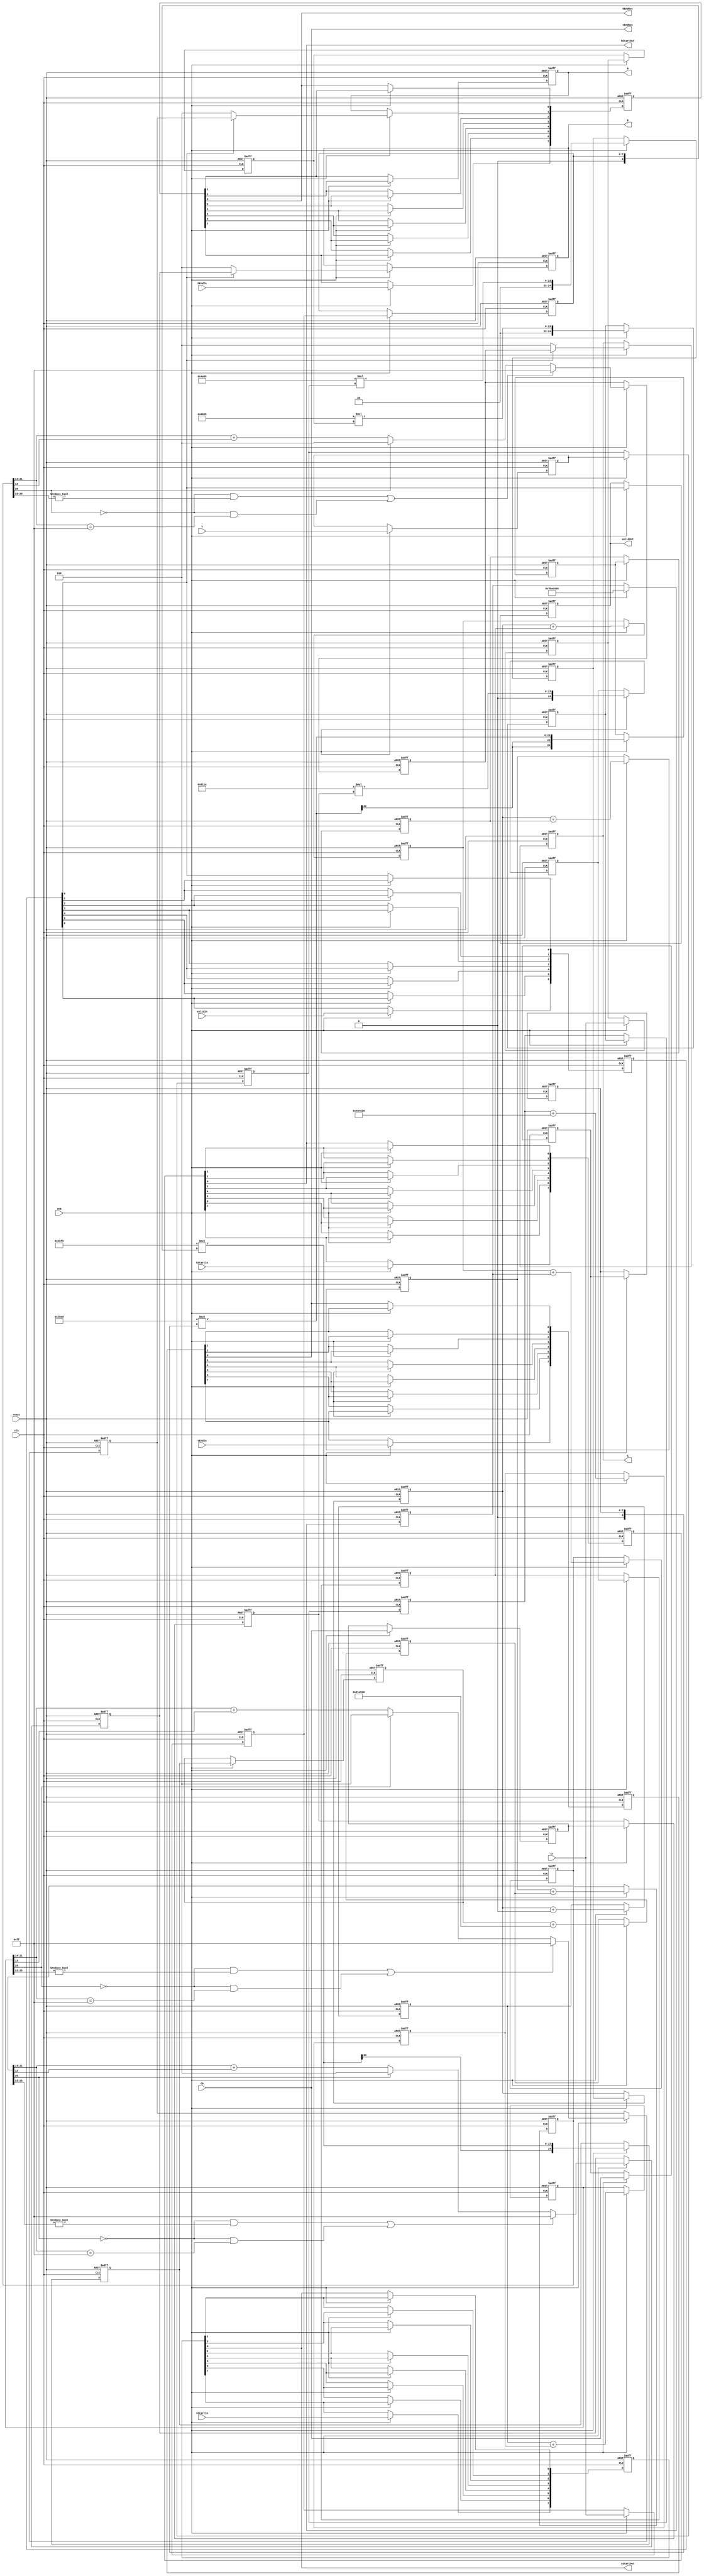
// -------------------------------------------------------------
// 
// 
// Generated by MATLAB 9.6 and HDL Coder 3.14
// 
// -------------------------------------------------------------


// -------------------------------------------------------------
// 
// Module: K_Means_ip_src_YCbCr2RGBCore
// Source Path: Sementation_8K/Segmentation_HW/K-Means/Color Space Converter1/YCbCr2RGBCore
// Hierarchy Level: 4
// 
// YCbCr to RGB Core
// 
// -------------------------------------------------------------

`timescale 1 ns / 1 ns

module K_Means_ip_src_YCbCr2RGBCore
          (clk,
           reset,
           enb,
           Y,
           Cb,
           Cr,
           hStartIn,
           hEndIn,
           vStartIn,
           vEndIn,
           validIn,
           R,
           G,
           B,
           hStartOut,
           hEndOut,
           vStartOut,
           vEndOut,
           validOut);


  input   clk;
  input   reset;
  input   enb;
  input   [7:0] Y;  // uint8
  input   [7:0] Cb;  // uint8
  input   [7:0] Cr;  // uint8
  input   hStartIn;
  input   hEndIn;
  input   vStartIn;
  input   vEndIn;
  input   validIn;
  output  [7:0] R;  // uint8
  output  [7:0] G;  // uint8
  output  [7:0] B;  // uint8
  output  hStartOut;
  output  hEndOut;
  output  vStartOut;
  output  vEndOut;
  output  validOut;


  reg  [0:6] intdelay_reg;  // ufix1 [7]
  wire [0:6] intdelay_reg_next;  // ufix1 [7]
  wire Mux_Sel;
  wire [7:0] const_zero;  // uint8
  reg [7:0] multiInDelay11_reg [0:1];  // ufix8 [2]
  wire [7:0] multiInDelay11_reg_next [0:1];  // ufix8 [2]
  wire [7:0] multiInReg11;  // uint8
  wire signed [8:0] gain_cast;  // sfix9
  wire signed [25:0] gain_mul_temp;  // sfix26_En14
  wire signed [24:0] multiOut11;  // sfix25_En14
  reg signed [24:0] multiOutDelay11_reg [0:1];  // sfix25 [2]
  wire signed [24:0] multiOutDelay11_reg_next [0:1];  // sfix25_En14 [2]
  wire signed [24:0] multiOutReg11;  // sfix25_En14
  wire signed [24:0] castout12;  // sfix25_En14
  wire signed [25:0] adder_add_cast;  // sfix26_En14
  wire signed [25:0] adder_add_cast_1;  // sfix26_En14
  wire signed [25:0] S1_up1;  // sfix26_En14
  reg signed [25:0] S1_up_delay1;  // sfix26_En14
  reg [7:0] multiInDelay13_reg [0:1];  // ufix8 [2]
  wire [7:0] multiInDelay13_reg_next [0:1];  // ufix8 [2]
  wire [7:0] multiInReg13;  // uint8
  wire signed [8:0] gain_cast_1;  // sfix9
  wire signed [25:0] gain_mul_temp_1;  // sfix26_En14
  wire signed [24:0] multiOut13;  // sfix25_En14
  reg signed [24:0] multiOutDelay13_reg [0:1];  // sfix25 [2]
  wire signed [24:0] multiOutDelay13_reg_next [0:1];  // sfix25_En14 [2]
  wire signed [24:0] multiOutReg13;  // sfix25_En14
  wire signed [24:0] offset1;  // sfix25_En14
  wire signed [25:0] adder_add_cast_2;  // sfix26_En14
  wire signed [25:0] adder_add_cast_3;  // sfix26_En14
  wire signed [25:0] S1_down1;  // sfix26_En14
  reg signed [25:0] S1_down_delay1;  // sfix26_En14
  wire signed [26:0] adder_add_cast_4;  // sfix27_En14
  wire signed [26:0] adder_add_cast_5;  // sfix27_En14
  wire signed [26:0] S21;  // sfix27_En14
  reg signed [26:0] S2_delay1;  // sfix27_En14
  wire [7:0] castout1;  // uint8
  reg [7:0] cast_delay1;  // uint8
  wire [7:0] SwitchOut1;  // uint8
  reg [7:0] R_1;  // uint8
  reg [7:0] multiInDelay22_reg [0:1];  // ufix8 [2]
  wire [7:0] multiInDelay22_reg_next [0:1];  // ufix8 [2]
  wire [7:0] multiInReg22;  // uint8
  wire signed [8:0] gain_cast_2;  // sfix9
  wire signed [25:0] gain_mul_temp_2;  // sfix26_En14
  wire signed [24:0] multiOut22;  // sfix25_En14
  reg signed [24:0] multiOutDelay22_reg [0:1];  // sfix25 [2]
  wire signed [24:0] multiOutDelay22_reg_next [0:1];  // sfix25_En14 [2]
  wire signed [24:0] multiOutReg22;  // sfix25_En14
  wire signed [25:0] adder_add_cast_6;  // sfix26_En14
  wire signed [25:0] adder_add_cast_7;  // sfix26_En14
  wire signed [25:0] S1_up2;  // sfix26_En14
  reg signed [25:0] S1_up_delay2;  // sfix26_En14
  reg [7:0] multiInDelay23_reg [0:1];  // ufix8 [2]
  wire [7:0] multiInDelay23_reg_next [0:1];  // ufix8 [2]
  wire [7:0] multiInReg23;  // uint8
  wire signed [8:0] gain_cast_3;  // sfix9
  wire signed [25:0] gain_mul_temp_3;  // sfix26_En14
  wire signed [24:0] multiOut23;  // sfix25_En14
  reg signed [24:0] multiOutDelay23_reg [0:1];  // sfix25 [2]
  wire signed [24:0] multiOutDelay23_reg_next [0:1];  // sfix25_En14 [2]
  wire signed [24:0] multiOutReg23;  // sfix25_En14
  wire signed [24:0] offset2;  // sfix25_En14
  wire signed [25:0] adder_add_cast_8;  // sfix26_En14
  wire signed [25:0] adder_add_cast_9;  // sfix26_En14
  wire signed [25:0] S1_down2;  // sfix26_En14
  reg signed [25:0] S1_down_delay2;  // sfix26_En14
  wire signed [26:0] adder_add_cast_10;  // sfix27_En14
  wire signed [26:0] adder_add_cast_11;  // sfix27_En14
  wire signed [26:0] S22;  // sfix27_En14
  reg signed [26:0] S2_delay2;  // sfix27_En14
  wire [7:0] castout2;  // uint8
  reg [7:0] cast_delay2;  // uint8
  wire [7:0] SwitchOut2;  // uint8
  reg [7:0] G_1;  // uint8
  reg [7:0] multiInDelay32_reg [0:1];  // ufix8 [2]
  wire [7:0] multiInDelay32_reg_next [0:1];  // ufix8 [2]
  wire [7:0] multiInReg32;  // uint8
  wire signed [8:0] gain_cast_4;  // sfix9
  wire signed [25:0] gain_mul_temp_4;  // sfix26_En14
  wire signed [24:0] multiOut32;  // sfix25_En14
  reg signed [24:0] multiOutDelay32_reg [0:1];  // sfix25 [2]
  wire signed [24:0] multiOutDelay32_reg_next [0:1];  // sfix25_En14 [2]
  wire signed [24:0] multiOutReg32;  // sfix25_En14
  wire signed [25:0] adder_add_cast_12;  // sfix26_En14
  wire signed [25:0] adder_add_cast_13;  // sfix26_En14
  wire signed [25:0] S1_up3;  // sfix26_En14
  reg signed [25:0] S1_up_delay3;  // sfix26_En14
  wire signed [25:0] S1_down3;  // sfix26_En14
  reg signed [25:0] S1_down_delay3;  // sfix26_En14
  wire signed [26:0] adder_add_cast_14;  // sfix27_En14
  wire signed [26:0] adder_add_cast_15;  // sfix27_En14
  wire signed [26:0] S23;  // sfix27_En14
  reg signed [26:0] S2_delay3;  // sfix27_En14
  wire [7:0] castout3;  // uint8
  reg [7:0] cast_delay3;  // uint8
  wire [7:0] SwitchOut3;  // uint8
  reg [7:0] B_1;  // uint8
  reg  [0:7] hStart_reg;  // ufix1 [8]
  wire [0:7] hStart_reg_next;  // ufix1 [8]
  reg  [0:7] hEnd_reg;  // ufix1 [8]
  wire [0:7] hEnd_reg_next;  // ufix1 [8]
  reg  [0:7] vStart_reg;  // ufix1 [8]
  wire [0:7] vStart_reg_next;  // ufix1 [8]
  reg  [0:7] vEnd_reg;  // ufix1 [8]
  wire [0:7] vEnd_reg_next;  // ufix1 [8]
  reg  validOut_1;


  always @(posedge clk or posedge reset)
    begin : intdelay_process
      if (reset == 1'b1) begin
        intdelay_reg[0] <= 1'b0;
        intdelay_reg[1] <= 1'b0;
        intdelay_reg[2] <= 1'b0;
        intdelay_reg[3] <= 1'b0;
        intdelay_reg[4] <= 1'b0;
        intdelay_reg[5] <= 1'b0;
        intdelay_reg[6] <= 1'b0;
      end
      else begin
        if (enb) begin
          intdelay_reg[0] <= intdelay_reg_next[0];
          intdelay_reg[1] <= intdelay_reg_next[1];
          intdelay_reg[2] <= intdelay_reg_next[2];
          intdelay_reg[3] <= intdelay_reg_next[3];
          intdelay_reg[4] <= intdelay_reg_next[4];
          intdelay_reg[5] <= intdelay_reg_next[5];
          intdelay_reg[6] <= intdelay_reg_next[6];
        end
      end
    end

  assign Mux_Sel = intdelay_reg[6];
  assign intdelay_reg_next[0] = validIn;
  assign intdelay_reg_next[1] = intdelay_reg[0];
  assign intdelay_reg_next[2] = intdelay_reg[1];
  assign intdelay_reg_next[3] = intdelay_reg[2];
  assign intdelay_reg_next[4] = intdelay_reg[3];
  assign intdelay_reg_next[5] = intdelay_reg[4];
  assign intdelay_reg_next[6] = intdelay_reg[5];



  assign const_zero = 8'b00000000;



  always @(posedge clk or posedge reset)
    begin : multiInDelay11_process
      if (reset == 1'b1) begin
        multiInDelay11_reg[0] <= 8'b00000000;
        multiInDelay11_reg[1] <= 8'b00000000;
      end
      else begin
        if (enb) begin
          multiInDelay11_reg[0] <= multiInDelay11_reg_next[0];
          multiInDelay11_reg[1] <= multiInDelay11_reg_next[1];
        end
      end
    end

  assign multiInReg11 = multiInDelay11_reg[1];
  assign multiInDelay11_reg_next[0] = Y;
  assign multiInDelay11_reg_next[1] = multiInDelay11_reg[0];



  assign gain_cast = {1'b0, multiInReg11};
  assign gain_mul_temp = 17'sb00100101010000101 * gain_cast;
  assign multiOut11 = gain_mul_temp[24:0];



  always @(posedge clk or posedge reset)
    begin : multiOutDelay11_process
      if (reset == 1'b1) begin
        multiOutDelay11_reg[0] <= 25'sb0000000000000000000000000;
        multiOutDelay11_reg[1] <= 25'sb0000000000000000000000000;
      end
      else begin
        if (enb) begin
          multiOutDelay11_reg[0] <= multiOutDelay11_reg_next[0];
          multiOutDelay11_reg[1] <= multiOutDelay11_reg_next[1];
        end
      end
    end

  assign multiOutReg11 = multiOutDelay11_reg[1];
  assign multiOutDelay11_reg_next[0] = multiOut11;
  assign multiOutDelay11_reg_next[1] = multiOutDelay11_reg[0];



  assign castout12 = 25'sb0000000000000000000000000;



  assign adder_add_cast = {multiOutReg11[24], multiOutReg11};
  assign adder_add_cast_1 = {castout12[24], castout12};
  assign S1_up1 = adder_add_cast + adder_add_cast_1;



  always @(posedge clk or posedge reset)
    begin : intdelay_1_process
      if (reset == 1'b1) begin
        S1_up_delay1 <= 26'sb00000000000000000000000000;
      end
      else begin
        if (enb) begin
          S1_up_delay1 <= S1_up1;
        end
      end
    end



  always @(posedge clk or posedge reset)
    begin : multiInDelay13_process
      if (reset == 1'b1) begin
        multiInDelay13_reg[0] <= 8'b00000000;
        multiInDelay13_reg[1] <= 8'b00000000;
      end
      else begin
        if (enb) begin
          multiInDelay13_reg[0] <= multiInDelay13_reg_next[0];
          multiInDelay13_reg[1] <= multiInDelay13_reg_next[1];
        end
      end
    end

  assign multiInReg13 = multiInDelay13_reg[1];
  assign multiInDelay13_reg_next[0] = Cr;
  assign multiInDelay13_reg_next[1] = multiInDelay13_reg[0];



  assign gain_cast_1 = {1'b0, multiInReg13};
  assign gain_mul_temp_1 = 17'sb00110011000100101 * gain_cast_1;
  assign multiOut13 = gain_mul_temp_1[24:0];



  always @(posedge clk or posedge reset)
    begin : multiOutDelay13_process
      if (reset == 1'b1) begin
        multiOutDelay13_reg[0] <= 25'sb0000000000000000000000000;
        multiOutDelay13_reg[1] <= 25'sb0000000000000000000000000;
      end
      else begin
        if (enb) begin
          multiOutDelay13_reg[0] <= multiOutDelay13_reg_next[0];
          multiOutDelay13_reg[1] <= multiOutDelay13_reg_next[1];
        end
      end
    end

  assign multiOutReg13 = multiOutDelay13_reg[1];
  assign multiOutDelay13_reg_next[0] = multiOut13;
  assign multiOutDelay13_reg_next[1] = multiOutDelay13_reg[0];



  assign offset1 = 25'sb1110010000100010100110000;



  assign adder_add_cast_2 = {multiOutReg13[24], multiOutReg13};
  assign adder_add_cast_3 = {offset1[24], offset1};
  assign S1_down1 = adder_add_cast_2 + adder_add_cast_3;



  always @(posedge clk or posedge reset)
    begin : intdelay_2_process
      if (reset == 1'b1) begin
        S1_down_delay1 <= 26'sb00000000000000000000000000;
      end
      else begin
        if (enb) begin
          S1_down_delay1 <= S1_down1;
        end
      end
    end



  assign adder_add_cast_4 = {S1_up_delay1[25], S1_up_delay1};
  assign adder_add_cast_5 = {S1_down_delay1[25], S1_down_delay1};
  assign S21 = adder_add_cast_4 + adder_add_cast_5;



  always @(posedge clk or posedge reset)
    begin : intdelay_3_process
      if (reset == 1'b1) begin
        S2_delay1 <= 27'sb000000000000000000000000000;
      end
      else begin
        if (enb) begin
          S2_delay1 <= S21;
        end
      end
    end



  // convert to dataOut data type
  assign castout1 = (((S2_delay1[26] == 1'b0) && (S2_delay1[25:22] != 4'b0000)) || ((S2_delay1[26] == 1'b0) && (S2_delay1[21:14] == 8'b11111111)) ? 8'b11111111 :
              (S2_delay1[26] == 1'b1 ? 8'b00000000 :
              S2_delay1[21:14] + S2_delay1[13]));



  always @(posedge clk or posedge reset)
    begin : intdelay_4_process
      if (reset == 1'b1) begin
        cast_delay1 <= 8'b00000000;
      end
      else begin
        if (enb) begin
          cast_delay1 <= castout1;
        end
      end
    end



  assign SwitchOut1 = (Mux_Sel == 1'b0 ? const_zero :
              cast_delay1);



  always @(posedge clk or posedge reset)
    begin : intdelay_5_process
      if (reset == 1'b1) begin
        R_1 <= 8'b00000000;
      end
      else begin
        if (enb) begin
          R_1 <= SwitchOut1;
        end
      end
    end



  always @(posedge clk or posedge reset)
    begin : multiInDelay22_process
      if (reset == 1'b1) begin
        multiInDelay22_reg[0] <= 8'b00000000;
        multiInDelay22_reg[1] <= 8'b00000000;
      end
      else begin
        if (enb) begin
          multiInDelay22_reg[0] <= multiInDelay22_reg_next[0];
          multiInDelay22_reg[1] <= multiInDelay22_reg_next[1];
        end
      end
    end

  assign multiInReg22 = multiInDelay22_reg[1];
  assign multiInDelay22_reg_next[0] = Cb;
  assign multiInDelay22_reg_next[1] = multiInDelay22_reg[0];



  assign gain_cast_2 = {1'b0, multiInReg22};
  assign gain_mul_temp_2 = 17'sb11110011011101101 * gain_cast_2;
  assign multiOut22 = gain_mul_temp_2[24:0];



  always @(posedge clk or posedge reset)
    begin : multiOutDelay22_process
      if (reset == 1'b1) begin
        multiOutDelay22_reg[0] <= 25'sb0000000000000000000000000;
        multiOutDelay22_reg[1] <= 25'sb0000000000000000000000000;
      end
      else begin
        if (enb) begin
          multiOutDelay22_reg[0] <= multiOutDelay22_reg_next[0];
          multiOutDelay22_reg[1] <= multiOutDelay22_reg_next[1];
        end
      end
    end

  assign multiOutReg22 = multiOutDelay22_reg[1];
  assign multiOutDelay22_reg_next[0] = multiOut22;
  assign multiOutDelay22_reg_next[1] = multiOutDelay22_reg[0];



  assign adder_add_cast_6 = {multiOutReg11[24], multiOutReg11};
  assign adder_add_cast_7 = {multiOutReg22[24], multiOutReg22};
  assign S1_up2 = adder_add_cast_6 + adder_add_cast_7;



  always @(posedge clk or posedge reset)
    begin : intdelay_6_process
      if (reset == 1'b1) begin
        S1_up_delay2 <= 26'sb00000000000000000000000000;
      end
      else begin
        if (enb) begin
          S1_up_delay2 <= S1_up2;
        end
      end
    end



  always @(posedge clk or posedge reset)
    begin : multiInDelay23_process
      if (reset == 1'b1) begin
        multiInDelay23_reg[0] <= 8'b00000000;
        multiInDelay23_reg[1] <= 8'b00000000;
      end
      else begin
        if (enb) begin
          multiInDelay23_reg[0] <= multiInDelay23_reg_next[0];
          multiInDelay23_reg[1] <= multiInDelay23_reg_next[1];
        end
      end
    end

  assign multiInReg23 = multiInDelay23_reg[1];
  assign multiInDelay23_reg_next[0] = Cr;
  assign multiInDelay23_reg_next[1] = multiInDelay23_reg[0];



  assign gain_cast_3 = {1'b0, multiInReg23};
  assign gain_mul_temp_3 = 17'sb11100101111111000 * gain_cast_3;
  assign multiOut23 = gain_mul_temp_3[24:0];



  always @(posedge clk or posedge reset)
    begin : multiOutDelay23_process
      if (reset == 1'b1) begin
        multiOutDelay23_reg[0] <= 25'sb0000000000000000000000000;
        multiOutDelay23_reg[1] <= 25'sb0000000000000000000000000;
      end
      else begin
        if (enb) begin
          multiOutDelay23_reg[0] <= multiOutDelay23_reg_next[0];
          multiOutDelay23_reg[1] <= multiOutDelay23_reg_next[1];
        end
      end
    end

  assign multiOutReg23 = multiOutDelay23_reg[1];
  assign multiOutDelay23_reg_next[0] = multiOut23;
  assign multiOutDelay23_reg_next[1] = multiOutDelay23_reg[0];



  assign offset2 = 25'sb0001000011110010100110000;



  assign adder_add_cast_8 = {multiOutReg23[24], multiOutReg23};
  assign adder_add_cast_9 = {offset2[24], offset2};
  assign S1_down2 = adder_add_cast_8 + adder_add_cast_9;



  always @(posedge clk or posedge reset)
    begin : intdelay_7_process
      if (reset == 1'b1) begin
        S1_down_delay2 <= 26'sb00000000000000000000000000;
      end
      else begin
        if (enb) begin
          S1_down_delay2 <= S1_down2;
        end
      end
    end



  assign adder_add_cast_10 = {S1_up_delay2[25], S1_up_delay2};
  assign adder_add_cast_11 = {S1_down_delay2[25], S1_down_delay2};
  assign S22 = adder_add_cast_10 + adder_add_cast_11;



  always @(posedge clk or posedge reset)
    begin : intdelay_8_process
      if (reset == 1'b1) begin
        S2_delay2 <= 27'sb000000000000000000000000000;
      end
      else begin
        if (enb) begin
          S2_delay2 <= S22;
        end
      end
    end



  // convert to dataOut data type
  assign castout2 = (((S2_delay2[26] == 1'b0) && (S2_delay2[25:22] != 4'b0000)) || ((S2_delay2[26] == 1'b0) && (S2_delay2[21:14] == 8'b11111111)) ? 8'b11111111 :
              (S2_delay2[26] == 1'b1 ? 8'b00000000 :
              S2_delay2[21:14] + S2_delay2[13]));



  always @(posedge clk or posedge reset)
    begin : intdelay_9_process
      if (reset == 1'b1) begin
        cast_delay2 <= 8'b00000000;
      end
      else begin
        if (enb) begin
          cast_delay2 <= castout2;
        end
      end
    end



  assign SwitchOut2 = (Mux_Sel == 1'b0 ? const_zero :
              cast_delay2);



  always @(posedge clk or posedge reset)
    begin : intdelay_10_process
      if (reset == 1'b1) begin
        G_1 <= 8'b00000000;
      end
      else begin
        if (enb) begin
          G_1 <= SwitchOut2;
        end
      end
    end



  always @(posedge clk or posedge reset)
    begin : multiInDelay32_process
      if (reset == 1'b1) begin
        multiInDelay32_reg[0] <= 8'b00000000;
        multiInDelay32_reg[1] <= 8'b00000000;
      end
      else begin
        if (enb) begin
          multiInDelay32_reg[0] <= multiInDelay32_reg_next[0];
          multiInDelay32_reg[1] <= multiInDelay32_reg_next[1];
        end
      end
    end

  assign multiInReg32 = multiInDelay32_reg[1];
  assign multiInDelay32_reg_next[0] = Cb;
  assign multiInDelay32_reg_next[1] = multiInDelay32_reg[0];



  assign gain_cast_4 = {1'b0, multiInReg32};
  assign gain_mul_temp_4 = 17'sb01000000100011010 * gain_cast_4;
  assign multiOut32 = gain_mul_temp_4[24:0];



  always @(posedge clk or posedge reset)
    begin : multiOutDelay32_process
      if (reset == 1'b1) begin
        multiOutDelay32_reg[0] <= 25'sb0000000000000000000000000;
        multiOutDelay32_reg[1] <= 25'sb0000000000000000000000000;
      end
      else begin
        if (enb) begin
          multiOutDelay32_reg[0] <= multiOutDelay32_reg_next[0];
          multiOutDelay32_reg[1] <= multiOutDelay32_reg_next[1];
        end
      end
    end

  assign multiOutReg32 = multiOutDelay32_reg[1];
  assign multiOutDelay32_reg_next[0] = multiOut32;
  assign multiOutDelay32_reg_next[1] = multiOutDelay32_reg[0];



  assign adder_add_cast_12 = {multiOutReg11[24], multiOutReg11};
  assign adder_add_cast_13 = {multiOutReg32[24], multiOutReg32};
  assign S1_up3 = adder_add_cast_12 + adder_add_cast_13;



  always @(posedge clk or posedge reset)
    begin : intdelay_11_process
      if (reset == 1'b1) begin
        S1_up_delay3 <= 26'sb00000000000000000000000000;
      end
      else begin
        if (enb) begin
          S1_up_delay3 <= S1_up3;
        end
      end
    end



  assign S1_down3 = 26'sb11101110101100101010110000;



  always @(posedge clk or posedge reset)
    begin : intdelay_12_process
      if (reset == 1'b1) begin
        S1_down_delay3 <= 26'sb00000000000000000000000000;
      end
      else begin
        if (enb) begin
          S1_down_delay3 <= S1_down3;
        end
      end
    end



  assign adder_add_cast_14 = {S1_up_delay3[25], S1_up_delay3};
  assign adder_add_cast_15 = {S1_down_delay3[25], S1_down_delay3};
  assign S23 = adder_add_cast_14 + adder_add_cast_15;



  always @(posedge clk or posedge reset)
    begin : intdelay_13_process
      if (reset == 1'b1) begin
        S2_delay3 <= 27'sb000000000000000000000000000;
      end
      else begin
        if (enb) begin
          S2_delay3 <= S23;
        end
      end
    end



  // convert to dataOut data type
  assign castout3 = (((S2_delay3[26] == 1'b0) && (S2_delay3[25:22] != 4'b0000)) || ((S2_delay3[26] == 1'b0) && (S2_delay3[21:14] == 8'b11111111)) ? 8'b11111111 :
              (S2_delay3[26] == 1'b1 ? 8'b00000000 :
              S2_delay3[21:14] + S2_delay3[13]));



  always @(posedge clk or posedge reset)
    begin : intdelay_14_process
      if (reset == 1'b1) begin
        cast_delay3 <= 8'b00000000;
      end
      else begin
        if (enb) begin
          cast_delay3 <= castout3;
        end
      end
    end



  assign SwitchOut3 = (Mux_Sel == 1'b0 ? const_zero :
              cast_delay3);



  always @(posedge clk or posedge reset)
    begin : intdelay_15_process
      if (reset == 1'b1) begin
        B_1 <= 8'b00000000;
      end
      else begin
        if (enb) begin
          B_1 <= SwitchOut3;
        end
      end
    end



  // delay hStart
  always @(posedge clk or posedge reset)
    begin : hStart_process
      if (reset == 1'b1) begin
        hStart_reg[0] <= 1'b0;
        hStart_reg[1] <= 1'b0;
        hStart_reg[2] <= 1'b0;
        hStart_reg[3] <= 1'b0;
        hStart_reg[4] <= 1'b0;
        hStart_reg[5] <= 1'b0;
        hStart_reg[6] <= 1'b0;
        hStart_reg[7] <= 1'b0;
      end
      else begin
        if (enb) begin
          hStart_reg[0] <= hStart_reg_next[0];
          hStart_reg[1] <= hStart_reg_next[1];
          hStart_reg[2] <= hStart_reg_next[2];
          hStart_reg[3] <= hStart_reg_next[3];
          hStart_reg[4] <= hStart_reg_next[4];
          hStart_reg[5] <= hStart_reg_next[5];
          hStart_reg[6] <= hStart_reg_next[6];
          hStart_reg[7] <= hStart_reg_next[7];
        end
      end
    end

  assign hStartOut = hStart_reg[7];
  assign hStart_reg_next[0] = hStartIn;
  assign hStart_reg_next[1] = hStart_reg[0];
  assign hStart_reg_next[2] = hStart_reg[1];
  assign hStart_reg_next[3] = hStart_reg[2];
  assign hStart_reg_next[4] = hStart_reg[3];
  assign hStart_reg_next[5] = hStart_reg[4];
  assign hStart_reg_next[6] = hStart_reg[5];
  assign hStart_reg_next[7] = hStart_reg[6];



  // delay hEnd
  always @(posedge clk or posedge reset)
    begin : hEnd_process
      if (reset == 1'b1) begin
        hEnd_reg[0] <= 1'b0;
        hEnd_reg[1] <= 1'b0;
        hEnd_reg[2] <= 1'b0;
        hEnd_reg[3] <= 1'b0;
        hEnd_reg[4] <= 1'b0;
        hEnd_reg[5] <= 1'b0;
        hEnd_reg[6] <= 1'b0;
        hEnd_reg[7] <= 1'b0;
      end
      else begin
        if (enb) begin
          hEnd_reg[0] <= hEnd_reg_next[0];
          hEnd_reg[1] <= hEnd_reg_next[1];
          hEnd_reg[2] <= hEnd_reg_next[2];
          hEnd_reg[3] <= hEnd_reg_next[3];
          hEnd_reg[4] <= hEnd_reg_next[4];
          hEnd_reg[5] <= hEnd_reg_next[5];
          hEnd_reg[6] <= hEnd_reg_next[6];
          hEnd_reg[7] <= hEnd_reg_next[7];
        end
      end
    end

  assign hEndOut = hEnd_reg[7];
  assign hEnd_reg_next[0] = hEndIn;
  assign hEnd_reg_next[1] = hEnd_reg[0];
  assign hEnd_reg_next[2] = hEnd_reg[1];
  assign hEnd_reg_next[3] = hEnd_reg[2];
  assign hEnd_reg_next[4] = hEnd_reg[3];
  assign hEnd_reg_next[5] = hEnd_reg[4];
  assign hEnd_reg_next[6] = hEnd_reg[5];
  assign hEnd_reg_next[7] = hEnd_reg[6];



  // delay vStart
  always @(posedge clk or posedge reset)
    begin : vStart_process
      if (reset == 1'b1) begin
        vStart_reg[0] <= 1'b0;
        vStart_reg[1] <= 1'b0;
        vStart_reg[2] <= 1'b0;
        vStart_reg[3] <= 1'b0;
        vStart_reg[4] <= 1'b0;
        vStart_reg[5] <= 1'b0;
        vStart_reg[6] <= 1'b0;
        vStart_reg[7] <= 1'b0;
      end
      else begin
        if (enb) begin
          vStart_reg[0] <= vStart_reg_next[0];
          vStart_reg[1] <= vStart_reg_next[1];
          vStart_reg[2] <= vStart_reg_next[2];
          vStart_reg[3] <= vStart_reg_next[3];
          vStart_reg[4] <= vStart_reg_next[4];
          vStart_reg[5] <= vStart_reg_next[5];
          vStart_reg[6] <= vStart_reg_next[6];
          vStart_reg[7] <= vStart_reg_next[7];
        end
      end
    end

  assign vStartOut = vStart_reg[7];
  assign vStart_reg_next[0] = vStartIn;
  assign vStart_reg_next[1] = vStart_reg[0];
  assign vStart_reg_next[2] = vStart_reg[1];
  assign vStart_reg_next[3] = vStart_reg[2];
  assign vStart_reg_next[4] = vStart_reg[3];
  assign vStart_reg_next[5] = vStart_reg[4];
  assign vStart_reg_next[6] = vStart_reg[5];
  assign vStart_reg_next[7] = vStart_reg[6];



  // delay vEnd
  always @(posedge clk or posedge reset)
    begin : vEnd_process
      if (reset == 1'b1) begin
        vEnd_reg[0] <= 1'b0;
        vEnd_reg[1] <= 1'b0;
        vEnd_reg[2] <= 1'b0;
        vEnd_reg[3] <= 1'b0;
        vEnd_reg[4] <= 1'b0;
        vEnd_reg[5] <= 1'b0;
        vEnd_reg[6] <= 1'b0;
        vEnd_reg[7] <= 1'b0;
      end
      else begin
        if (enb) begin
          vEnd_reg[0] <= vEnd_reg_next[0];
          vEnd_reg[1] <= vEnd_reg_next[1];
          vEnd_reg[2] <= vEnd_reg_next[2];
          vEnd_reg[3] <= vEnd_reg_next[3];
          vEnd_reg[4] <= vEnd_reg_next[4];
          vEnd_reg[5] <= vEnd_reg_next[5];
          vEnd_reg[6] <= vEnd_reg_next[6];
          vEnd_reg[7] <= vEnd_reg_next[7];
        end
      end
    end

  assign vEndOut = vEnd_reg[7];
  assign vEnd_reg_next[0] = vEndIn;
  assign vEnd_reg_next[1] = vEnd_reg[0];
  assign vEnd_reg_next[2] = vEnd_reg[1];
  assign vEnd_reg_next[3] = vEnd_reg[2];
  assign vEnd_reg_next[4] = vEnd_reg[3];
  assign vEnd_reg_next[5] = vEnd_reg[4];
  assign vEnd_reg_next[6] = vEnd_reg[5];
  assign vEnd_reg_next[7] = vEnd_reg[6];



  always @(posedge clk or posedge reset)
    begin : intdelay_16_process
      if (reset == 1'b1) begin
        validOut_1 <= 1'b0;
      end
      else begin
        if (enb) begin
          validOut_1 <= Mux_Sel;
        end
      end
    end



  assign R = R_1;

  assign G = G_1;

  assign B = B_1;

  assign validOut = validOut_1;

endmodule  // K_Means_ip_src_YCbCr2RGBCore